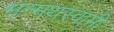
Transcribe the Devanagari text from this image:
मन्मथस्वामी